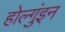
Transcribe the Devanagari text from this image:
होल्गुंइन